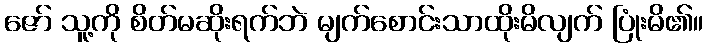
ဇော် သူ့ကို စိတ်မဆိုးရက်ဘဲ မျက်စောင်းသာထိုးမိလျက် ပြုံးမိ၏။